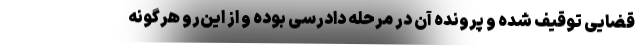
قضایی توقیف شده و پرونده آن در مرحله دادرسی بوده و از این‌رو هرگونه